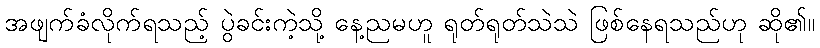
အဖျက်ခံလိုက်ရသည့် ပွဲခင်းကဲ့သို့ နေ့ညမဟူ ရုတ်ရုတ်သဲသဲ ဖြစ်နေရသည်ဟု ဆို၏။